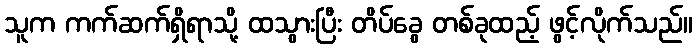
သူက ကက်ဆက်ရှိရာသို့ ထသွားပြီး တိပ်ခွေ တစ်ခုထည့် ဖွင့်လိုက်သည်။